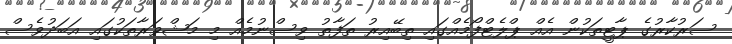
ސަރުކާރުގެ ޕާޓީތަކުން އެއް ޕްލެޓްފޯމެއްގައި ތިބޭއިރު ތަފާތު ވިސްނުމެއް މި މަޝްވަރާތަކުގައި އަބަދުވެސް